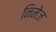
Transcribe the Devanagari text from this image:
निमेज